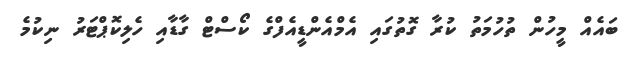
ބައެއް މީހުން ތުހުމަތު ކުރާ ގޮތުގައި އެމްއެންޑީއެފްގެ ކޯސްޓް ގާޑާއި ހެލިކޮޕްޓަރު ނިކުމެ